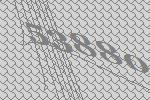
53880